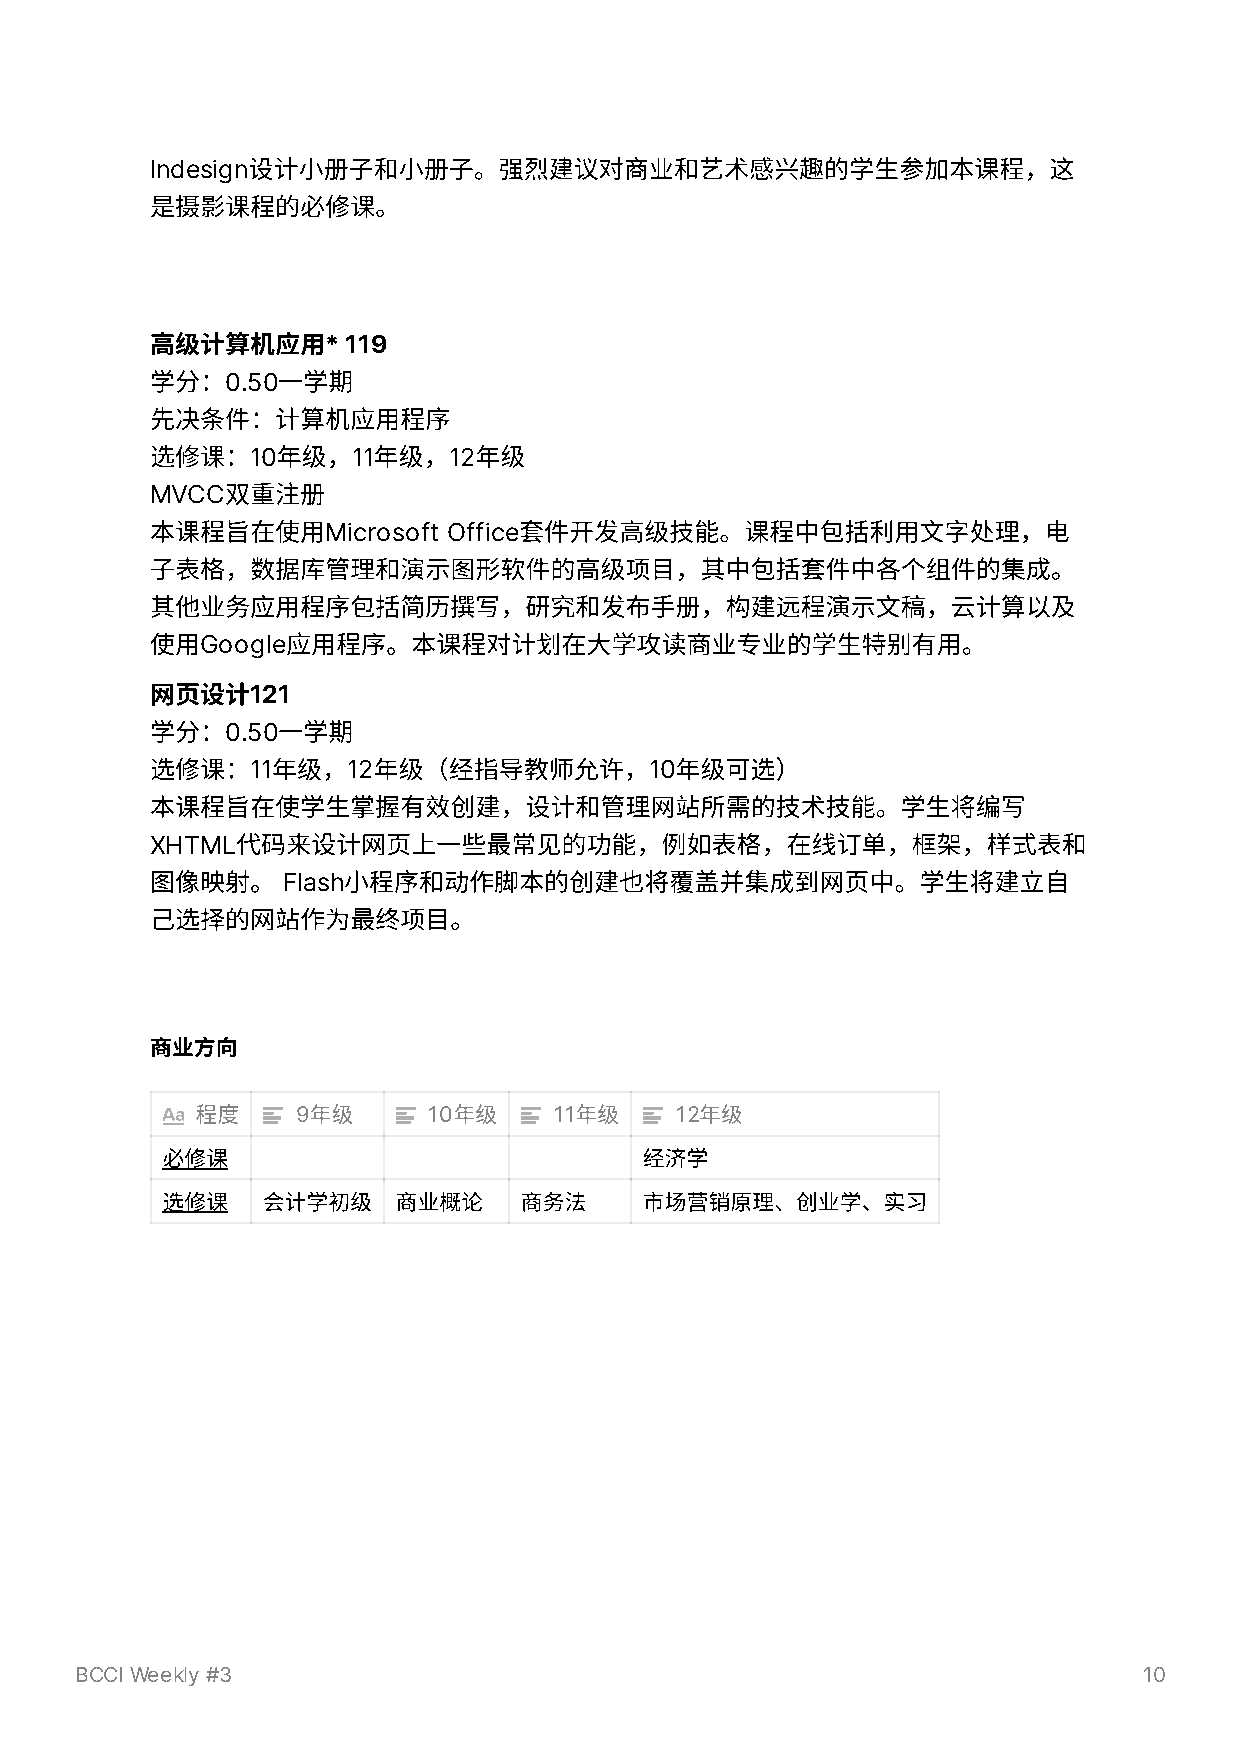
Indesign设计⼩册⼦和⼩册⼦。强烈建议对商业和艺术感兴趣的学⽣参加本课程，这
 是摄影课程的必修课。
 ⾼级计算机应⽤*     119
 学分：0.50⼀学期
 先决条件：计算机应⽤程序
 选修课：10年级，11年级，12年级
 MVCC双重注册
 本课程旨在使⽤Microsoft    Office套件开发⾼级技能。课程中包括利⽤⽂字处理，电
 ⼦表格，数据库管理和演⽰图形软件的⾼级项⽬，其中包括套件中各个组件的集成。
 其他业务应⽤程序包括简历撰写，研究和发布⼿册，构建远程演⽰⽂稿，云计算以及
 使⽤Google应⽤程序。本课程对计划在⼤学攻读商业专业的学⽣特别有⽤。
 ⽹⻚设计121
 学分：0.50⼀学期
 选修课：11年级，12年级（经指导教师允许，10年级可选）
 本课程旨在使学⽣掌握有效创建，设计和管理⽹站所需的技术技能。学⽣将编写
 XHTML代码来设计⽹⻚上⼀些最常⻅的功能，例如表格，在线订单，框架，样式表和
 图像映射。    Flash⼩程序和动作脚本的创建也将覆盖并集成到⽹⻚中。学⽣将建⽴⾃
 ⼰选择的⽹站作为最终项⽬。
 商业⽅向
 程度     9年级     10年级     11年级    12年级
 必修课                             经济学
 选修课   会计学初级    商业概论    商务法      市场营销原理、创业学、实习
 BCCI Weekly #3                                                         10